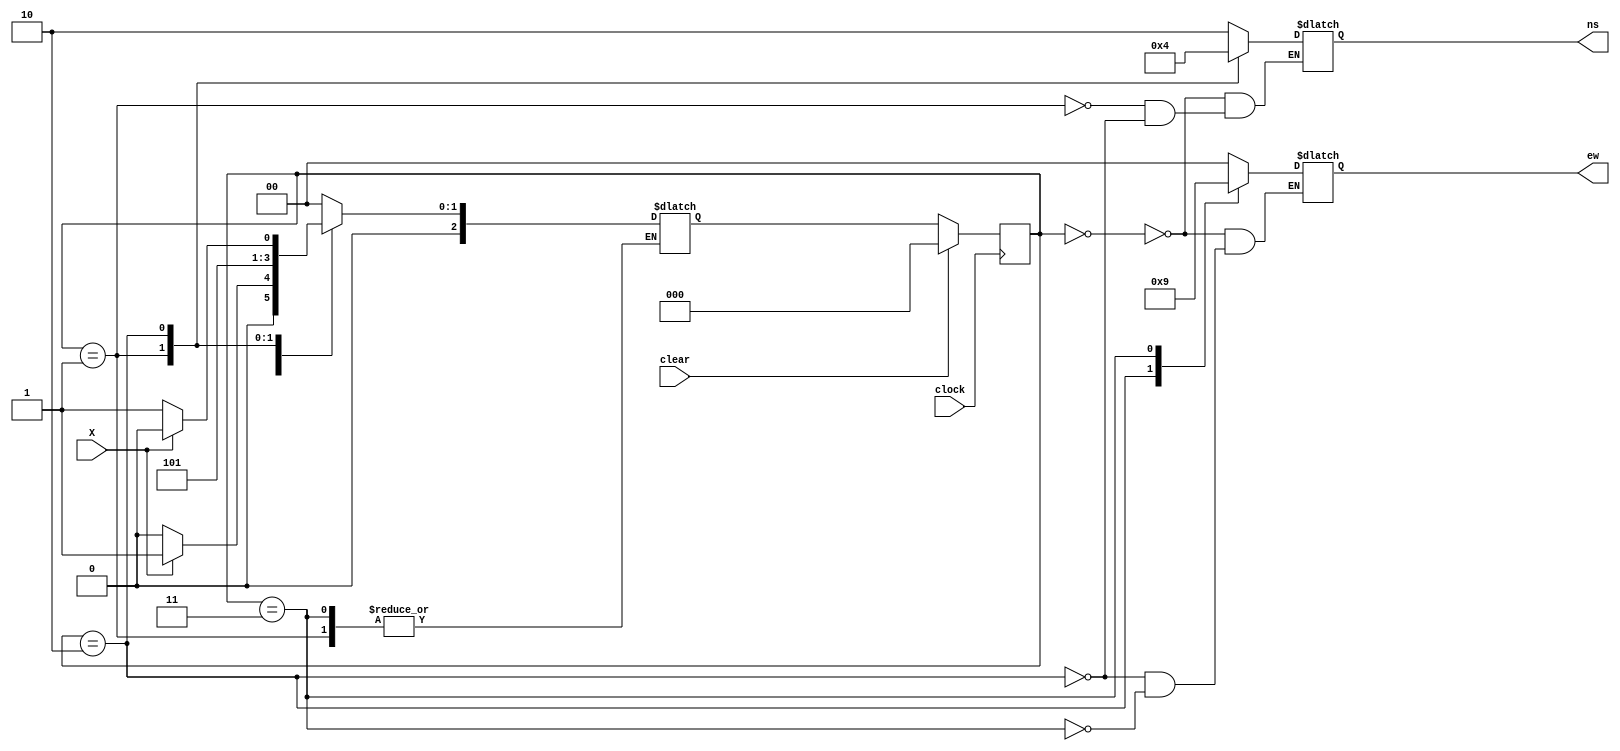
module traffic_controller(ns, ew, X, clock, clear);
output reg[1:0]ns, ew;
input X;
input clock, clear; 

//parameters are constant throughtout, don't belong to any datatype like register
parameter red=2'd0, yellow= 2'd1, green= 2'd2;
parameter s0=3'd0,s1=3'd1,s2=3'd2,s3=3'd3;

//outputs in form of registers 
reg[2:0] c_state;
reg[2:0] n_state; 

always@(posedge clock) //loop for moving from one state to another 
if (clear)
//start at s0 
    c_state<=s0;
else 
//state change 
    c_state<=n_state;
 always@(c_state) 
 
 case(c_state)
    s0:  begin //initial condition of the state machine 
         ns= green;
         ew=red;
         end
    s1:  ns=yellow;
    s2:  begin 
         ns=red;
         ew=green;
         end 
    s3:  ew=yellow; 
 endcase
 
 always@(c_state or X)
 begin 
    case(c_state)
        s0: if(X)
           n_state=s1;
           else
           n_state=s0;
         s1: begin
          // repeat(`Y2Rdelay)@(posedge clock); non synthesizable delay
          if(counter==4) begin
             n_state=s2;
             counter<=0;
             end 
             else counter<=counter+1;
          end
         s2: if(X)
             n_state=s2;
             else 
             n_state=s3;
         s3: begin
          // repeat(`Y2Rdelay)@(posedge clock); non synthesizable delay
          if(counter==4) begin
             n_state=s0;
             counter<=0;
             end 
             else counter<=counter+1;
           end 
         default: n_state=s0;
    endcase
end 
endmodule